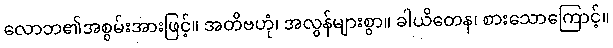
လောဘ၏အစွမ်းအားဖြင့်။ အတိဗဟုံ၊ အလွန်များစွာ။ ခါယိတေန၊ စားသောကြောင့်။